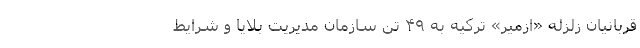
قربانیان زلزله «ازمیر» ترکیه به ۴۹ تن سازمان مدیریت بلایا و شرایط